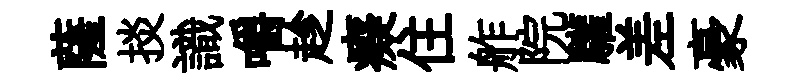
薩掞識嚼趁癡住舴院驩差豪